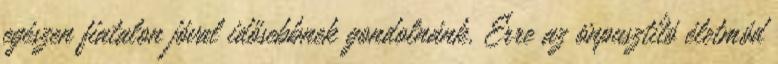
egészen fiatalon jóval idősebbnek gondolnánk. Erre az önpusztító életmód